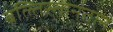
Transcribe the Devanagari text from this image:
बल्तिस्तानतान